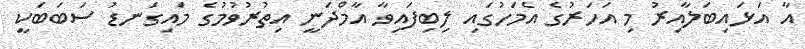
އާ އަޅައިބަލާއިރު މި އަހަރުގެ އެމަހުގައި ލިބިފައިވާ އާމްދަނީ އިތުރުވުމުގެ މައިގަނޑު ސަބަބަކީ